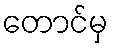
တောင်မှ